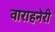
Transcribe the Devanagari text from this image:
वाराहनेरी